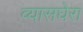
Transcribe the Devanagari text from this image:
व्यासघेरा